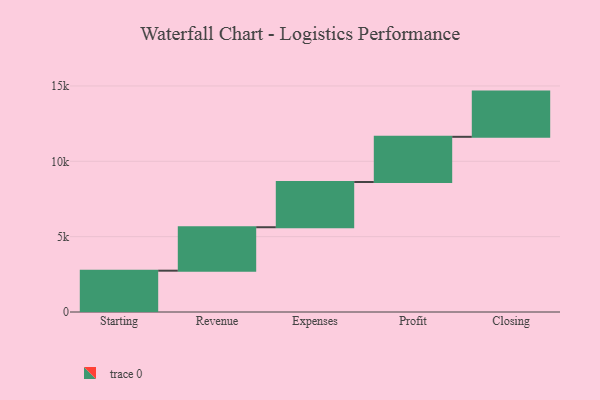
{"axis": {"x": "Step", "y": "Value"}, "legend": [""], "data": [{"x": "Starting", "y": 2742.0, "type": ""}, {"x": "Revenue", "y": 2883.0, "type": ""}, {"x": "Expenses", "y": 3000, "type": ""}, {"x": "Profit", "y": 3000, "type": ""}, {"x": "Closing", "y": 3000, "type": ""}]}